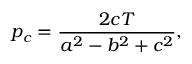
p _ { c } = { \frac { 2 c T } { a ^ { 2 } - b ^ { 2 } + c ^ { 2 } } } ,